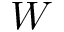
W